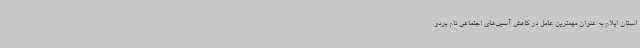
استان ایلام به عنوان مهمترین عامل در کاهش آسیب‌های اجتماعی نام بردو